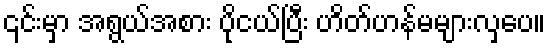
၎င်းမှာ အရွယ်အစား ပိုငယ်ပြီး ဟိတ်ဟန်မများလှပေ။